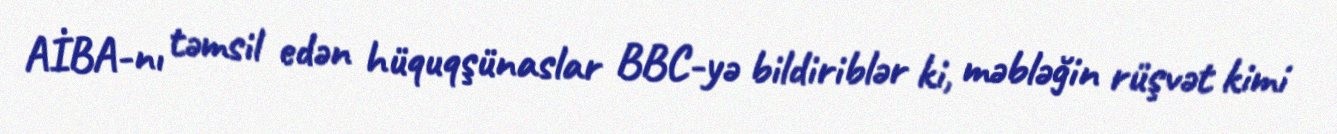
AİBA-nı təmsil edən hüquqşünaslar BBC-yə bildiriblər ki, məbləğin rüşvət kimi